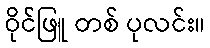
ဝိုင်ဖြူ တစ် ပုလင်း။